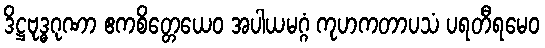
ဒိဋ္ဌဗုဒ္ဓဂုဏာ ဧကစိတ္တေယေဝ အပါယမဂ္ဂံ ကုဟကတာပသံ ပရတီရမေဝ